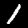
Label: 1